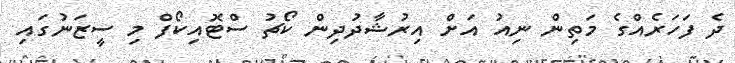
ދެ ފަހަރެއްގެ މަތިން ނިއު އަށް އިރުޝާދުދިން ކޯޗު ސްޓޮއިކޯފް މި ސީޒަނުގައި